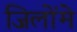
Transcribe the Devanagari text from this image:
जिलोंमे